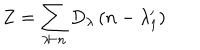
Z = \sum _ { \lambda \vdash n } D _ { \lambda } \left( n - \lambda _ { 1 } ^ { \prime } \right)